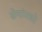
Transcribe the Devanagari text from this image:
सेनांमध्ये